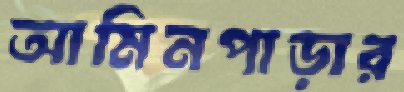
আমিনপাড়ার